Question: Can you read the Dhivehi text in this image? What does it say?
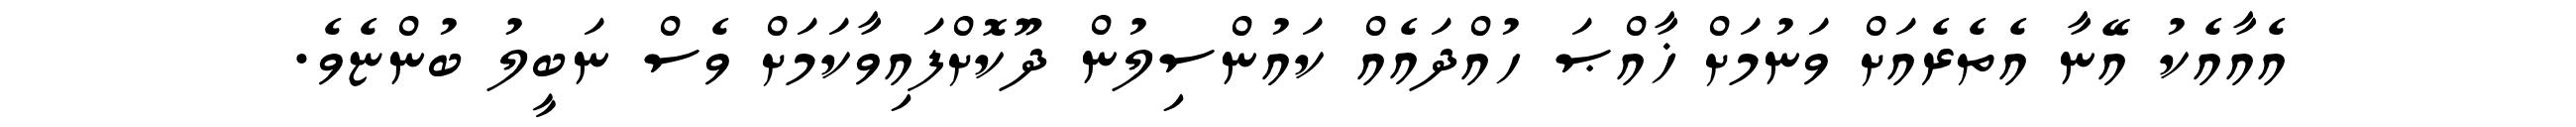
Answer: އެއާއެކު އޭނާ އެތެރެއަށް ވަނުމަށް ޚާއްޞަ ހުއްދައެއް ކައުންސިލުން ދޫކޮށްފައިވާކަމަށް ވެސް ނަބީލު ބުންޏެވެ.